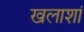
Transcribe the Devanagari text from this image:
खलाशां